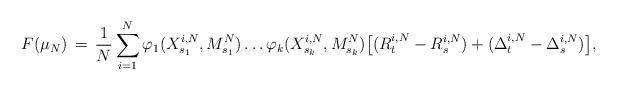
LaTeX: \begin{align*} F(\mu_N)\,=\,\frac{1}{N}\sum_{i=1}^N\varphi_1(X^{i,N}_{s_1},M^N_{s_1})\ldots\varphi_k(X^{i,N}_{s_k},M^N_{s_k})\big[(R_t^{i,N}-R_s^{i,N})+(\Delta_{t}^{i,N}-\Delta_{s}^{i,N})\big],\end{align*}